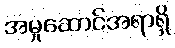
အမှုဆောင်အရာရှိ